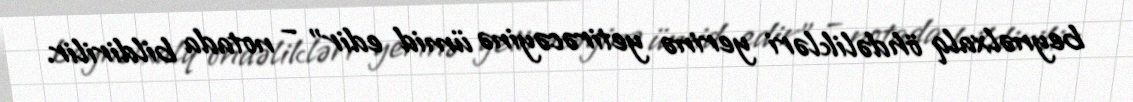
beynəlxalq öhdəlikləri yerinə yetirəcəyinə ümid edir” – notada bildirilir.